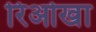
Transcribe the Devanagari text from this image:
रिओखा